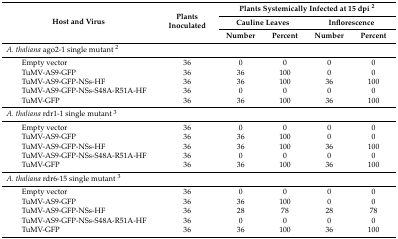
| <ROWSPAN=3> Host and Virus | <ROWSPAN=3> Plants Inoculated | <COLSPAN=4> Plants Systemically Infected at 15 dpi 2 |
 | <COLSPAN=2> Cauline Leaves | <COLSPAN=2> Inflorescence |
 | Number | Percent | Number | Percent |
 | --- | --- | --- | --- | --- | --- |
 | A. thaliana ago2-1 single mutant 2 |  |  |  |  |  |
 | Empty vector | 36 | 0 | 0 | 0 | 0 |
 | TuMV-AS9-GFP | 36 | 36 | 100 | 0 | 0 |
 | TuMV-AS9-GFP-NSs-HF | 36 | 36 | 100 | 36 | 100 |
 | TuMV-AS9-GFP-NSs-S48A-R51A-HF | 36 | 0 | 0 | 0 | 0 |
 | TuMV-GFP | 36 | 36 | 100 | 36 | 100 |
 | A. thaliana rdr1-1 single mutant 3 |  |  |  |  |  |
 | Empty vector | 36 | 0 | 0 | 0 | 0 |
 | TuMV-AS9-GFP | 36 | 36 | 100 | 0 | 0 |
 | TuMV-AS9-GFP-NSs-HF | 36 | 36 | 100 | 36 | 100 |
 | TuMV-AS9-GFP-NSs-S48A-R51A-HF | 36 | 0 | 0 | 0 | 0 |
 | TuMV-GFP | 36 | 36 | 100 | 36 | 100 |
 | A. thaliana rdr6-15 single mutant 3 |  |  |  |  |  |
 | Empty vector | 36 | 0 | 0 | 0 | 0 |
 | TuMV-AS9-GFP | 36 | 36 | 100 | 0 | 0 |
 | TuMV-AS9-GFP-NSs-HF | 36 | 28 | 78 | 28 | 78 |
 | TuMV-AS9-GFP-NSs-S48A-R51A-HF | 36 | 0 | 0 | 0 | 0 |
 | TuMV-GFP | 36 | 36 | 100 | 36 | 100 |